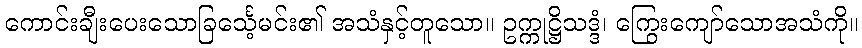
ကောင်းချီးပေးသောခြင်္သေ့မင်း၏ အသံနှင့်တူသော။ ဥက္ကုဋ္ဌိသဒ္ဒံ၊ ကြွေးကျော်သောအသံကို။